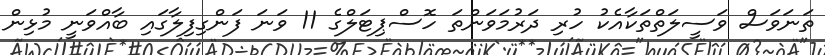
ތަނަވަސް ވަސީލަތްތަކާއެކު ހުރި ދަރުމަވަންތަ ހޮސްޕިޓަލްގެ 11 ވަނަ ފަންގިފިލާގައި ބާއްވަނީ މުޅިން